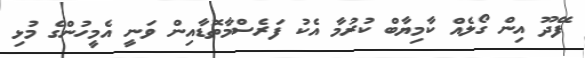
ފޭދޫ އިން ގޯލެއް ކާމިޔާބް ކުރުމާ އެކު ފަރެސްމާތޮޑާއިން ވަނީ އެމީހުންގެ މުޅި